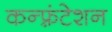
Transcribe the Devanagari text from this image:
कन्फ़्रंटेशन